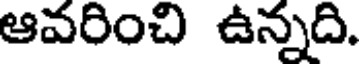
ఆవరించి ఉన్నది.